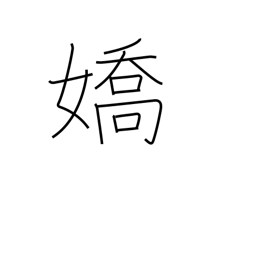
Meaning: attractive